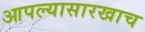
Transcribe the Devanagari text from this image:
आपल्यासारखाच